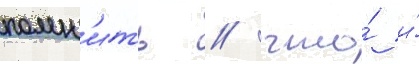
помн'ить / что́ и́